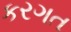
કરગત